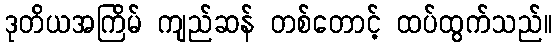
ဒုတိယအကြိမ် ကျည်ဆန် တစ်တောင့် ထပ်ထွက်သည်။